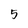
Character: 5